Applicability to medico-legal practice in India of the biochemical tests for the origin of blood-stains - Number 39
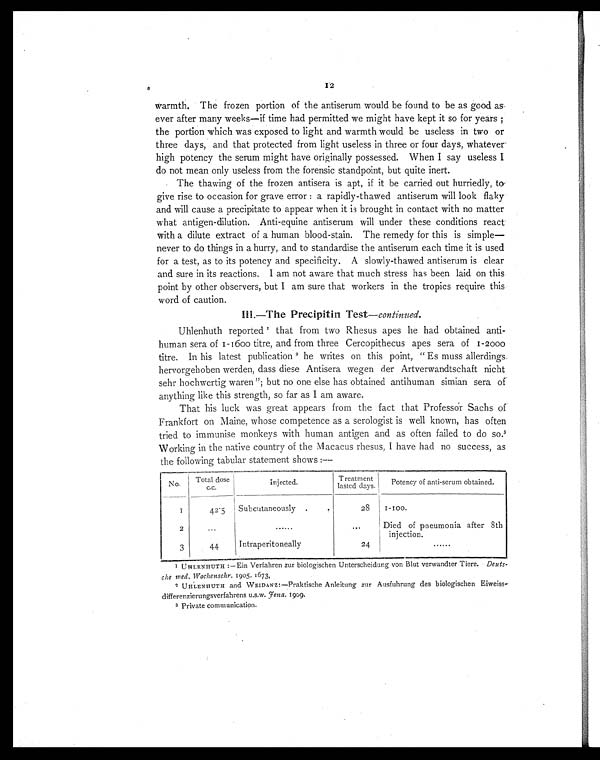
12
warmth. The frozen portion of the antiserum would be found to be as good as
ever after many weeks—if time had permitted we might have kept it so for years ;
the portion which was exposed to light and warmth would be useless in two or
three days, and that protected from light useless in three or four days, whatever
high potency the serum might have originally possessed. When I say useless I
do not mean only useless from the forensic standpoint, but quite inert.
The thawing of the frozen antisera is apt, if it be carried out hurriedly, to
give rise to occasion for grave error : a rapidly-thawed antiserum will look flaky
and will cause a precipitate to appear when it is brought in contact with no matter
what antigen-dilution. Anti-equine antiserum will under these conditions react
with a dilute extract of a human blood-stain. The remedy for this is simple—
never to do things in a hurry, and to standardise the antiserum each time it is used
for a test, as to its potency and specificity. A slowly-thawed antiserum is clear
and sure in its reactions. I am not aware that much stress has been laid on this
point by other observers, but I am sure that workers in the tropics require this
word of caution.
III.—The Precipitin Test — continued.
Uhlenhuth reported 1 that from two Rhesus apes he had obtained anti-
human sera of 1-1600 titre, and from three Cercopithecus apes sera of 1-2000
titre. In his latest publication 2he writes on this point, " Es muss allerdings.
hervorgehoben werden, dass diese Antisera wegen der Artverwandtschaft nicht
sehr hochwertig waren "; but no one else has obtained antihuman simian sera of
anything like this strength, so far as I am aware.
That his luck was great appears from the fact that Professor Sachs of
Frankfort on Maine, whose competence as a serologist is well known, has often
tried to immunise monkeys with human antigen and as often failed to do so. 3
Working in the native country of the Macacus rhesus, I have had no success, as
the following tabular statement shows:—
No.
Total dose
c.c.
Injected.
Treatment
lasted days.
Potency of anti-serum obtained.
1
42.5
Subcutaneously . .
28
1-100.
2
. . .
......
...
Died of pneumonia after 8th
injection.
3
44
Intraperitoneally
24
......
1 UHLENHUTH :—Ein Verfahren zur biologischen Unterscheidung von Blut verwandter Tiere. Deuts-
che med., Wochenschr. 1905. 1673.
2 UHLENHUTH and WEIDANZ:—Praktische Anleitung zur Ausfuhrung des biologischen Eiweiss-
differenzierungsverfahrens u.s.w. Jena. 1909.
3 Private communication.